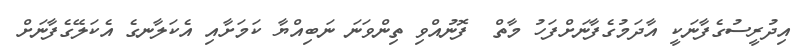
އިދުރީސުގެފާނަކީ އާދަމުގެފާނަށްފަހު މާތް  ފޮނުއްވި ތިންވަނަ ނަބިއްޔާ ކަމަށާއި އެކަލާނގެ އެކަލޭގެފާނަށް